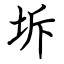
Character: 坼